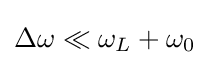
\Delta \omega \ll \omega _{L}+\omega _{0}